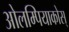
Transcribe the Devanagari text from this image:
ओलम्पियाकोस्